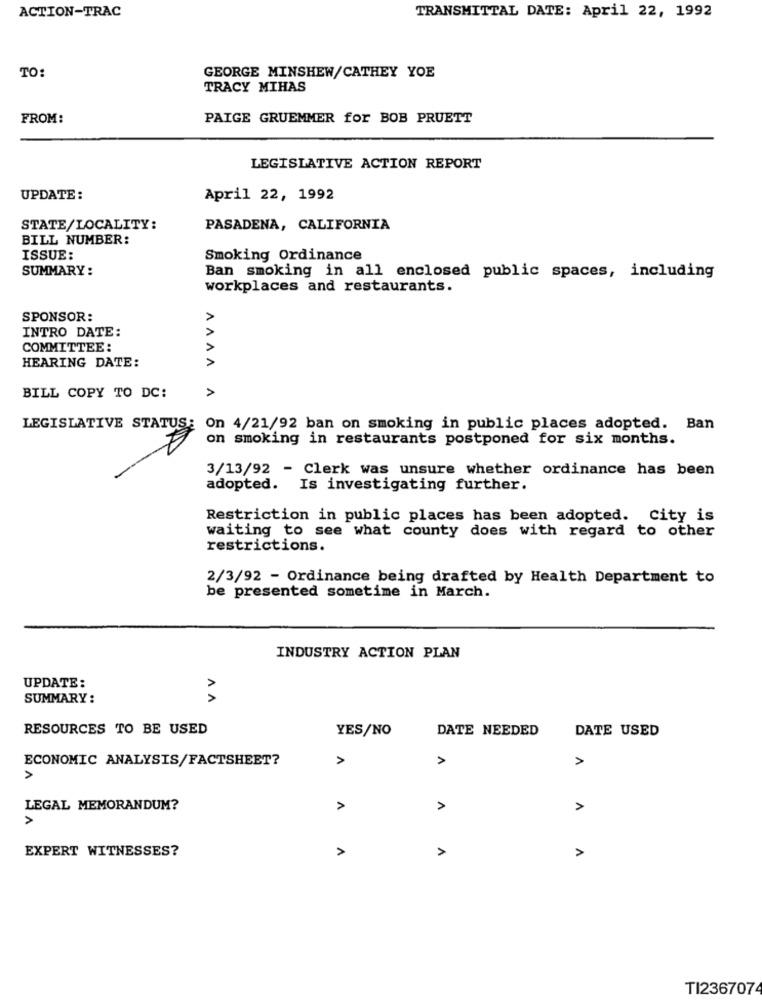
ACTION-TRAC
TRANSMITTAL DATE: April 22, 1992
TO:
GEORGE MINSHEW/CATHEY YOE
TRACY MIHAS
FROM:
PAIGE GRUEMMER for BOB PRUETT
LEGISLATIVE ACTION REPORT
UPDATE :
April 22, 1992
STATE/LOCALITY:
PASADENA, CALIFORNIA
BILL NUMBER:
ISSUE:
Smoking Ordinance
SUMMARY:
Ban smoking in all enclosed public spaces, including
workplaces and restaurants.
V VVVV
SPONSOR:
INTRO DATE:
COMMITTEE :
HEARING DATE:
BILL COPY TO DC:
LEGISLATIVE STATUS: On 4/21/92 ban on smoking in public places adopted. Ban
on smoking in restaurants postponed for six months.
3/13/92 - Clerk was unsure whether ordinance has been
adopted. Is investigating further.
Restriction in public places has been adopted. city is
waiting to see what county does with regard to other
restrictions.
2/3/92 - Ordinance being drafted by Health Department to
be presented sometime in March.
INDUSTRY ACTION PLAN
UPDATE :
SUMMARY:
AA
RESOURCES TO BE USED
YES/NO
DATE NEEDED
DATE USED
ECONOMIC ANALYSIS/FACTSHEET?
A
A
A
>
LEGAL MEMORANDUM?
>
>
>
A
EXPERT WITNESSES?
A
A
A
TI2367074